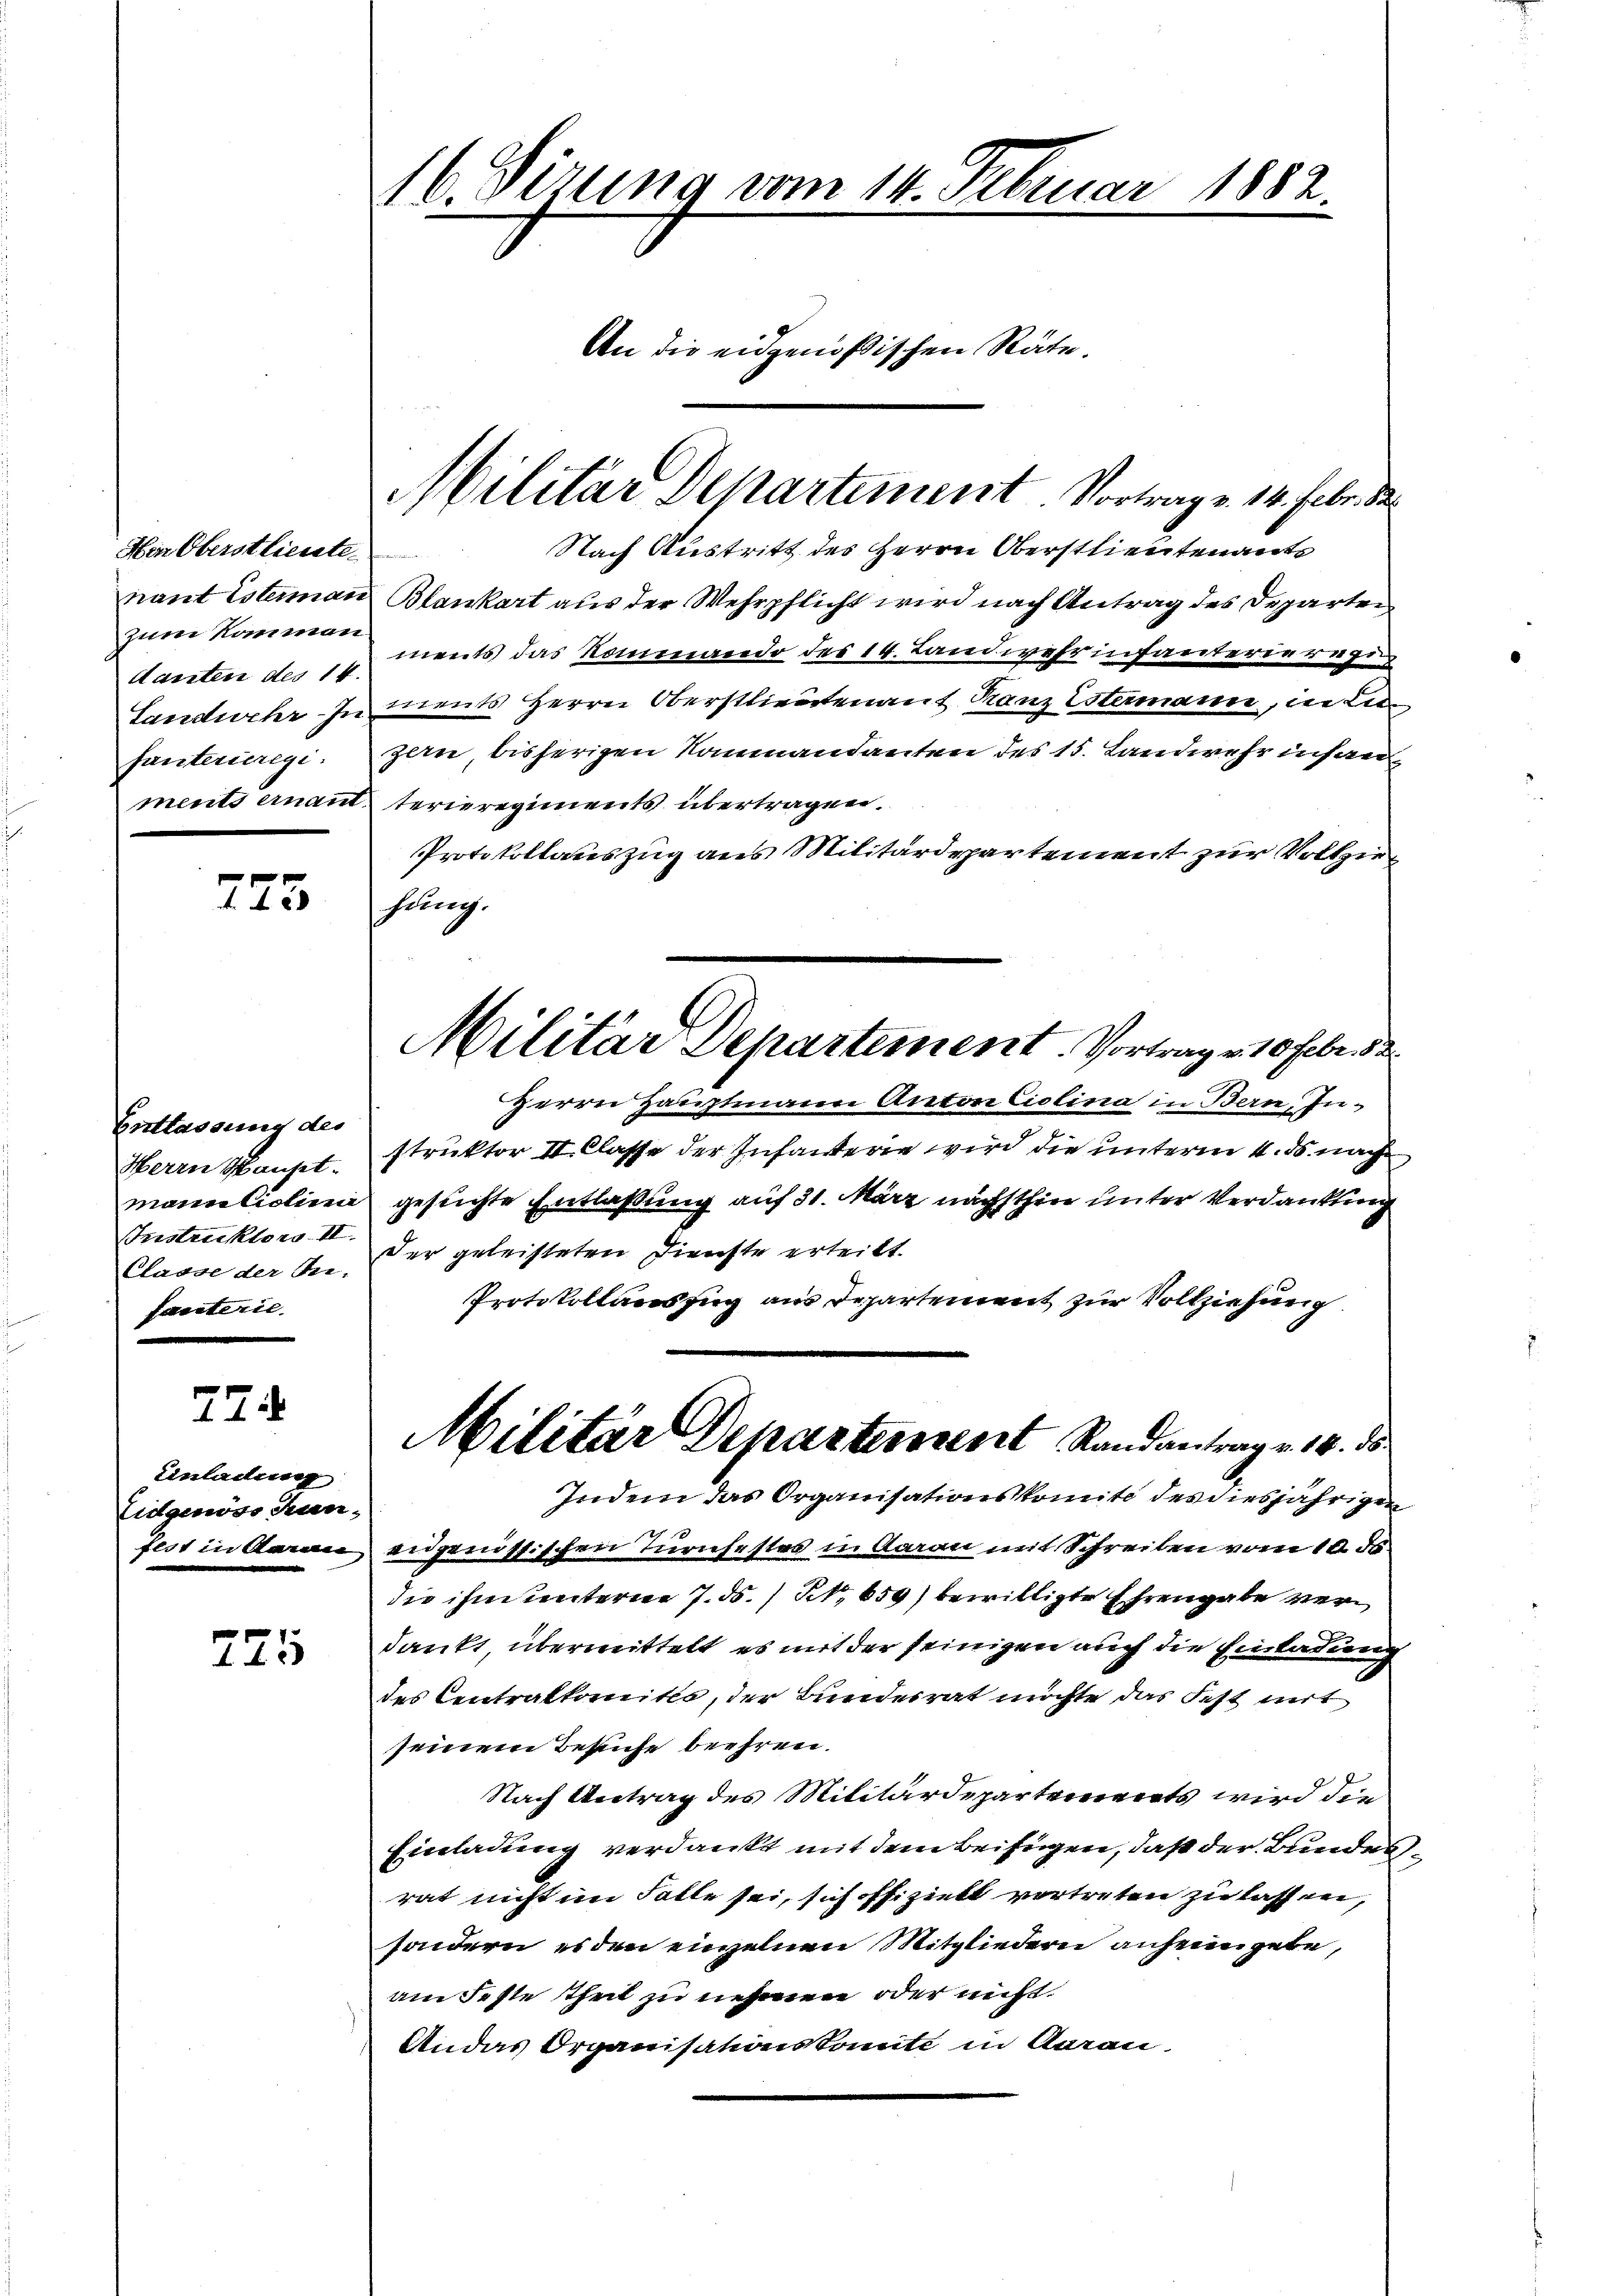
Hin Oberstlieute
zum Komman
danten des 14.

773

Entlassung des
Instruktors. II.
Tanterie.

27

Einladung
Eidgenöss San,

725

16. Sizung vom 14. Februar 1882.
An die eidgenößischen Räte.

Nach Austritt des Herrn Oberstlieutenants
nant Esterman Blankart aus der Wehrpflicht wird nach Antrag des Departen
ments das Kommando des 14. Landwehr infanterie dazu
Landwehr- In ments Herrn Oberstlieutenant Ranz Estermann, in Li
fanterieregi. zern, bisherigen Nammandanten des 15. Landwehr insanments einant terieregiments übertragen.
Protokollauszug aus Militärdepartement zur Vollziehung.
Herrn Hauptmann Anton Ciolina in Bern, In¬
Herrn Sonst. Struktor II. Classe der Infanterie wird die unterm 4. ds. nach
mantialien gesichte Entlaßung auf 31. März nächsthin unter Verdankung
Classe der Dn. Der geleisteten Dienste erteilt.
Protokollauszug aus Departement zur Vollziehung
Militär Departement Randantrag v. 18. ds.
Indem das Organisationskomite des diesjährigen
fest in Garan eidgenössischen Zürichestes in daran mit Schreiben vom 10. ds.
die ihm unterne 7. ds. / Nr. 659) bewilligte Ehrengabe verdankt, übermittelt es mit der seinigen auch die Einladung
des Centralkomités, der Bundesrat möchte das Fest mit
seinem Besuche beehren.
Nach Antrag des Militärdepartements wird die
Einladung verdankt mit dem Beifügen, daß der Bundes,
rat nicht im Falle sei, sich offizielt vortreten zu lassen,
sondern es den einzelnen Mitgliedern anheimgete,
am Feste Theil zu nehmen oder nicht
Andas Organisationskomite in Aarau

Militär Departement. Vortrag v. 14. Febr. d

Militär Departement. Vortrag v. 10 Febr. 52